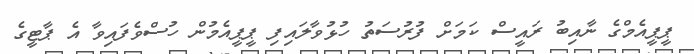
ޕީޕީއެމްގެ ނާއިބު ރައީސް ކަމަށް ފުރުސަތު ހުޅުވާލައިފި ޕީޕީއެމުން ހުސްވެފައިވާ އެ ޕާޓީގެ